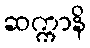
ဆက္ကာနိ